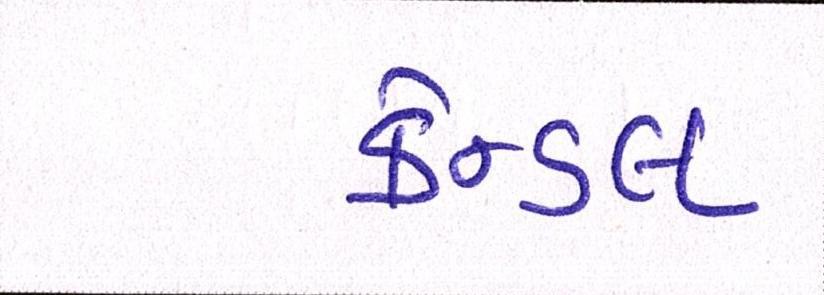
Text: કેન્ડલ